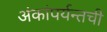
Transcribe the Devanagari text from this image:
अंकांपर्यन्तची